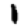
Digit: 1